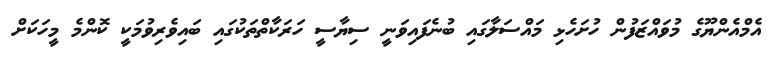
އެމްއެންޔޫގެ މުވައްޒަފުން ހުށަހެޅި މައްސަލާގައި ބުނެފައިވަނީ ސިޔާސީ ހަރަކާތްތަކުގައި ބައިވެރިވުމަކީ ކޮންމެ މީހަކަށް